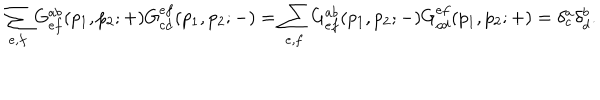
\sum _ { e , f } G _ { e f } ^ { a b } ( p _ { 1 } , p _ { 2 } ; + ) G _ { c d } ^ { e f } ( p _ { 1 } , p _ { 2 } ; - ) = \sum _ { e , f } G _ { e f } ^ { a b } ( p _ { 1 } , p _ { 2 } ; - ) G _ { c d } ^ { e f } ( p _ { 1 } , p _ { 2 } ; + ) = \delta _ { c } ^ { a } \delta _ { d } ^ { b } .